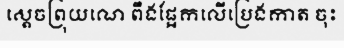
ស្តេចព្រុយណេ ពឹងផ្អែកលើប្រេងកាត ចុះ